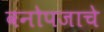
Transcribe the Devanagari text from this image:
वनोपजाचे